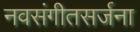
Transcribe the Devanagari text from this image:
नवसंगीतसर्जना